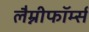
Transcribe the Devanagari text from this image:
लैम्नीफॉर्म्स